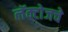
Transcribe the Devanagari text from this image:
लॅक्टोजचे